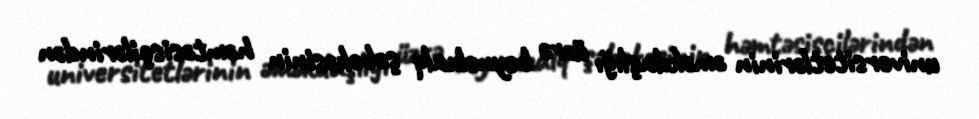
universitetlərinin əməkdaşlığı üzrə beynəlxalq şəbəkəsinin həmtəsisçilərindən